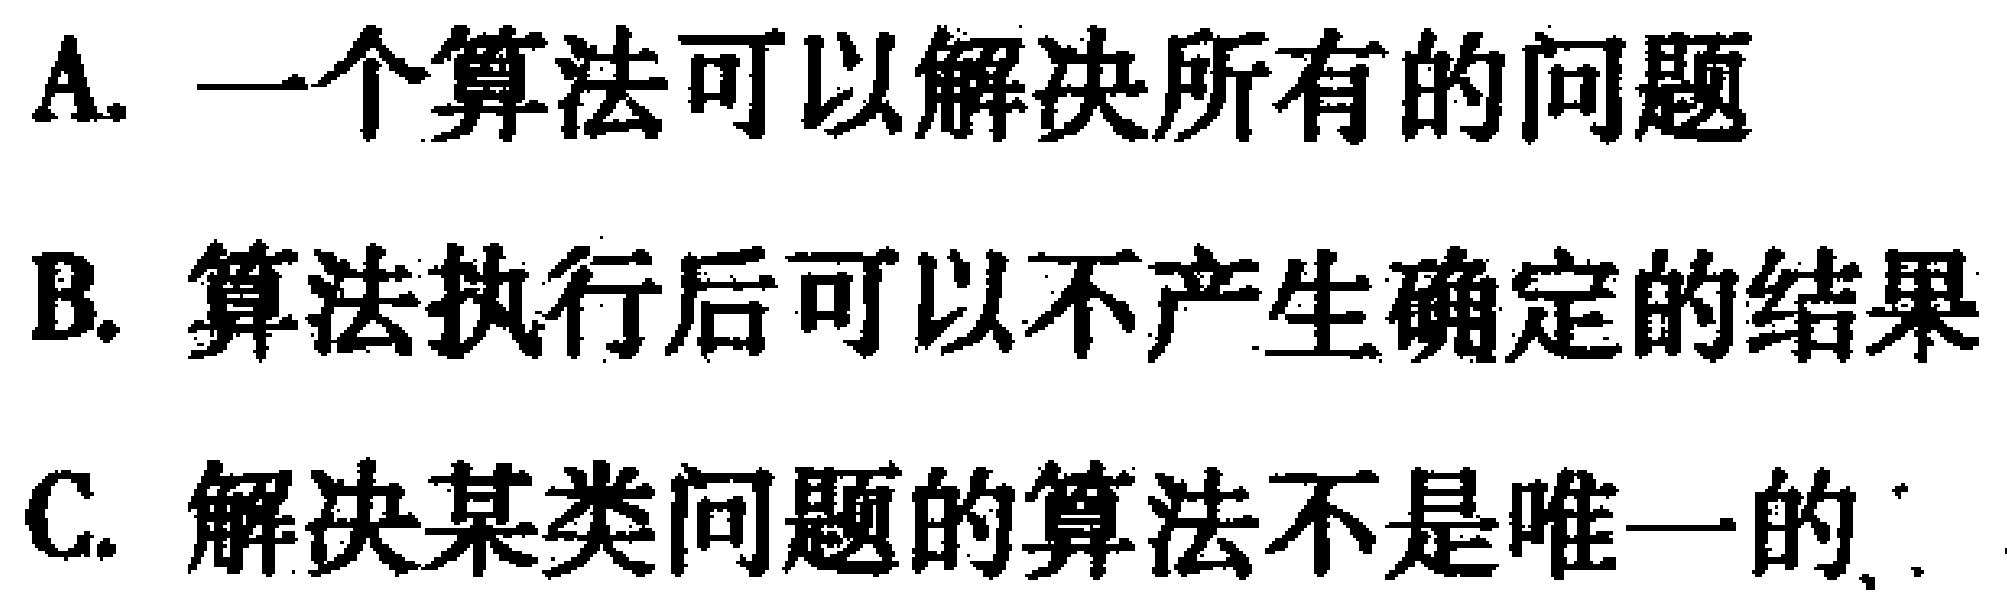
A. 一个算法可以解决所有的问题
B. 算法执行后可以不产生确定的结果
C. 解决某类问题的算法不是唯一的.